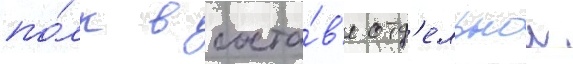
по́лк в соста́в'е отд'ельнои